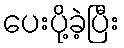
ပေးပို့ခဲ့ပြီး